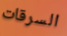
السرقات